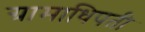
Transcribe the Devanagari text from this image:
ग्रामाधिपती